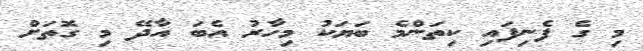
މި ގެ ފެނިފައި ކިތަންމެ ބަޔަކު މިހާރު އެބަ އާދޭ މި ގޮތަށް